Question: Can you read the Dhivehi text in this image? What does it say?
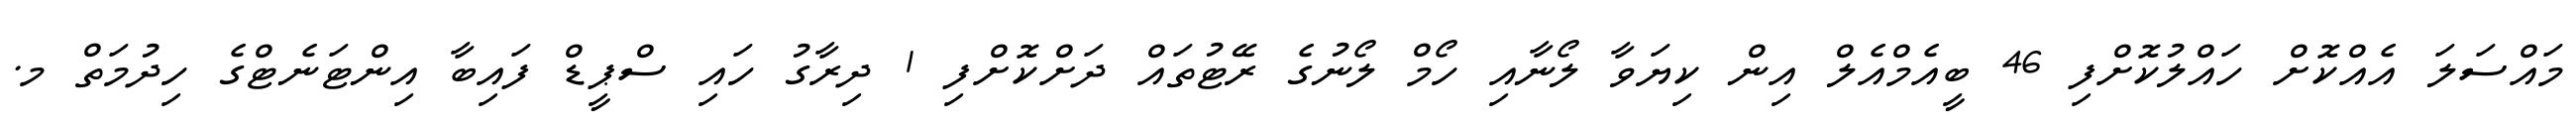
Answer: މައްސަލަ އެއްކޮށް ހައްލުކޮށްފި 46 ބީއެމްއެލް އިން ކިޔަވާ ލޯނާއި ހޯމް ލޯނުގެ ރޭޓުތައް ދަށްކޮށްފި 1 ދިރާގު ހައި ސްޕީޑް ފައިބާ އިންޓަނެޓްގެ ހިދުމަތް މ.